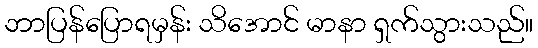
ဘာပြန်ပြောရမှန်း သိအောင် မာနာ ရှက်သွားသည်။